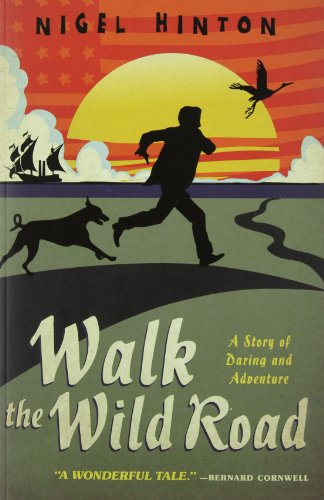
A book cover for Walk the Wild Road; Nigel Hinton; Travel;